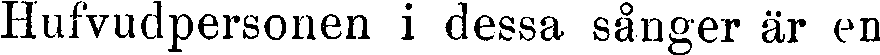
Hufvudpersonen i dessa sånger är en